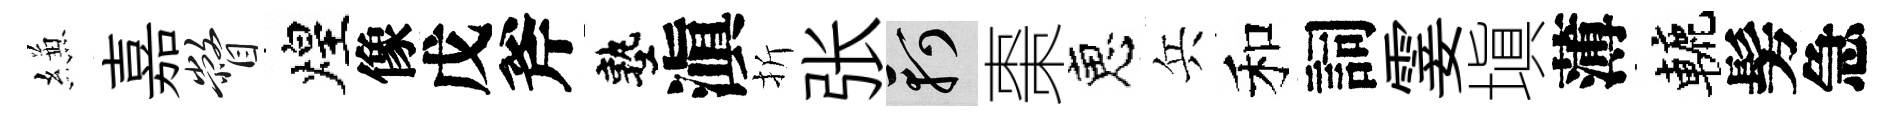
縑嘉瞥煌像戊斧塾滇折张軻棗恵兵和詞霎塡薄轆髣急